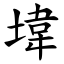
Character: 㙔